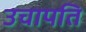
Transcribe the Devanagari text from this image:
उचापति